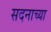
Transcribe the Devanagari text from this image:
सदनाच्या